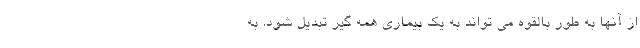
از آنها به طور بالقوه می تواند به یک بیماری همه گیر تبدیل شود. به